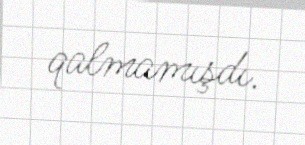
qalmamışdı.